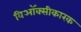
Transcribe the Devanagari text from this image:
विऑक्सीकारक